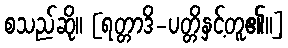
စသည်ဆို။ [ရတ္တာဒိ-ပတ္တိနှင့်တူ၏။]